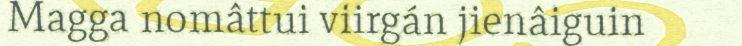
Magga nomâttui viirgán jienâiguin